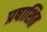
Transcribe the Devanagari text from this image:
प्रषाशित